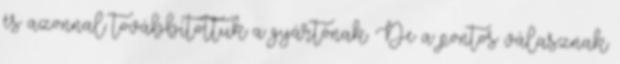
és azonnal továbbítottuk a gyártónak. De a pontos válasznak